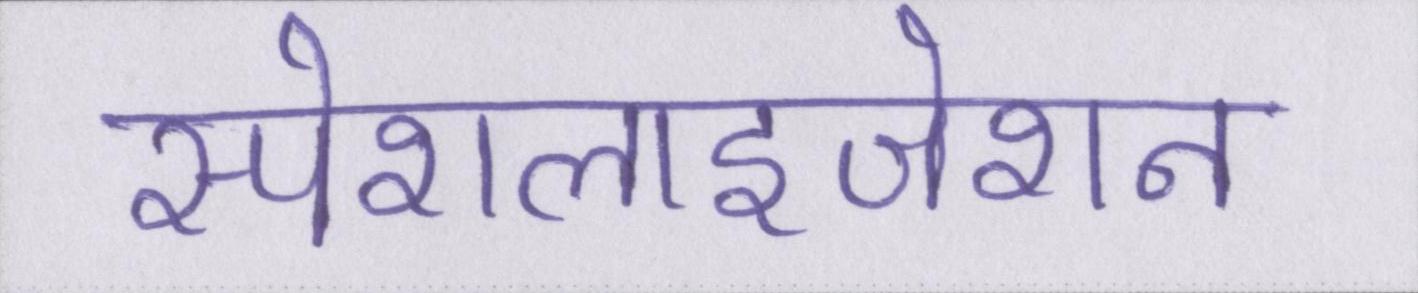
स्पेशलाइजेशन